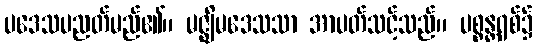
ပဒေသပညတ်မည်၏။ မဇ္ဈိမဒေသသာ အာပတ်သင့်သည်။ ပစ္စန္တရစ်၌